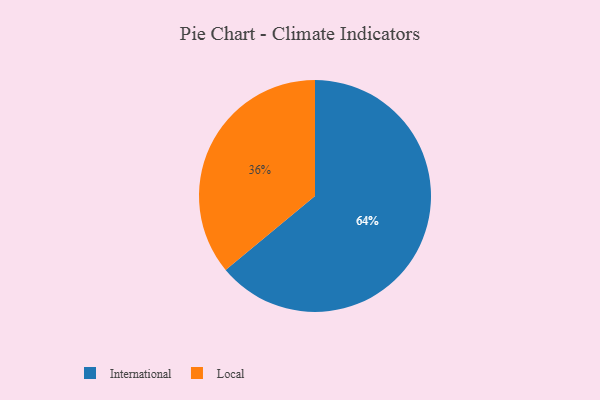
{"axis": {"x": "Category", "y": "Percentage"}, "legend": ["International", "Local"], "data": [{"x": "International", "y": 64, "type": "International"}, {"x": "Local", "y": 36, "type": "Local"}]}